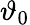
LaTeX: \vartheta_{0}